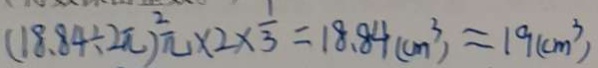
( 1 8 . 8 4 \div 2 \pi ) ^ { 2 } \pi \times 2 \times \frac { 1 } { 3 } = 1 8 . 8 4 ( c m ^ { 3 } ) \approx 1 9 ( c m ^ { 3 } )